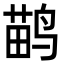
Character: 鹋